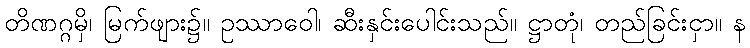
တိဏဂ္ဂမှိ၊ မြက်ဖျား၌။ ဥဿာဝေါ၊ ဆီးနှင်းပေါင်းသည်။ ဋ္ဌာတုံ၊ တည်ခြင်းငှာ။ န